Bulletin of the Pasteur Institute of Southern India, Coonoor - No. 3.
Year: 1910
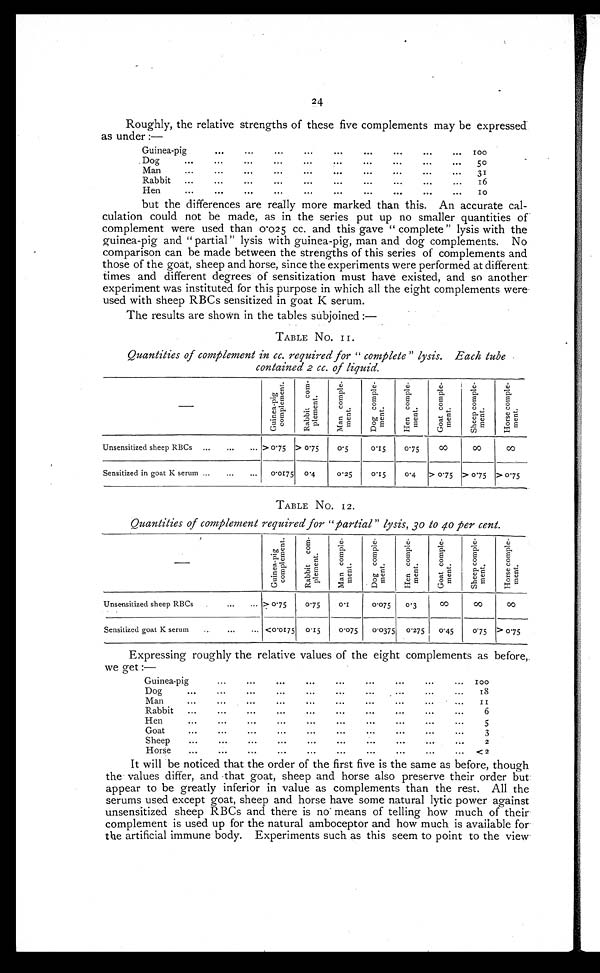
24
Roughly, the relative strengths of these five complements may be expressed
as under :—
Gu i n ea-pig
. . .
...
. . .
...
. . .
. . .
...
. . . .
1 0 0
Dog
...
. . .
. . .
. . .
. . .
. . .
. . .
...
. . .
5o
Man
...
. . .
...
. . .
. . .
. . .
. . .
. . .
...
. . .
31
Rabbit
...
. . .
...
. . .
. . .
...
. . .
. . .
. . .
. . .
16
Hen
...
. . .
. . .
...
. . .
. . .
...
. . .
10
but the differences are really more marked than this. An accurate cal-
culation could not be made, as in the series put up no smaller quantities of
complement were used than 0 . 025 cc. and this gave "complete" lysis with the
guinea-pig and "partial" lysis with guinea-pig, man and dog complements. No
comparison can be made between the strengths of this series of complements and
those of the goat, sheep and horse, since the experiments were performed at different
times and different degrees of sensitization must have existed, and so another
experiment was instituted for this purpose in which all the eight complements were
used with sheep RBCs sensitized in goat K serum.
The results are shown in the tables subjoined:—
TABLE No. 11.
Quantities of complement in cc. required for "complete" lysis. Each tube
contained 2 cc. of liquid.
G u i n e a - p i g c o m p l e m e n t .
R a b b i t c o m p l e m e n t .
M a n c o m p l e m e n t .
D o g c o m p l m e n n t .
h e n c o m p l e m e n t .
G o a t c o m p l e m e n t .
S h e e p c o m p l e m e n t .
H o r s e c o m p l e m e n t .
Unsensitized sheep RBCs ...
...
... > 0 . 75 > 075
0 . 5
0.15
0.75
∞
∞
∞
Sensitized in goat K serum ...
...
...
0 . 0175 0 .4
0.25
0 . I5
0 . 4 > 0/5 > 0'75 > 075
TABLE No. I2.
Quantities of complement required for "Partial" lysis, 30 to 40 Per cent.
G u n i n a e - p i g c o m p l e m e n t .
R a b b i t c o m p l e m e n t .
M a n c o m p l e m e n t .
D o g c o m p l e m e n t .
H e n c o m p l e m e n t .
G o a t c o m p l e m e n t .
S h e e p c o m p l e m e n t .
H o r s e c o m p l e m e n t .
Unsensitized sheep RBCs
...
... > 0 . 75
0.75
0 . 1
0.075
0'3
∞
∞
∞
Sensitized goat K serum
...
...
...
0 . 0 1 7 5 0.15
0.075
0'0375
0.275
0 '45
075 > 075
Expressing roughly the relative values of the eight complements as before,
we get
Guinea-pi
Dog
...
Man
...
Rabbit
...
Hen
...
Goat
...
Sheep. . .
Horse
...
...
...
...
...
...
...
...
...
...
...
...
...
...
...
...
...
...
...
...
...
...
...
...
...
...
...
...
...
...
...
...
...
...
...
...
...
...
...
...
...
...
...
...
...
...
...
...
, ...
...
...
...
...
...
...
...
...
...
...
...
...
...
...
...
...
...
...
...
...
...
...
1 0 0
18
II
6
5
3
2
< 2
It will be noticed that the order of the first five is the same as before, though
the values differ, and that goat, sheep and horse also preserve their order but
appear to be greatly inferior in value as complements than the rest. All the
serums used except goat, sheep and horse have some natural lytic power against
unsensitized sheep RBCs and there is no means of telling how much of their
complement is used up for the natural amboceptor and how much is available for
the artificial immune body. Experiments such as this seem to point to the view